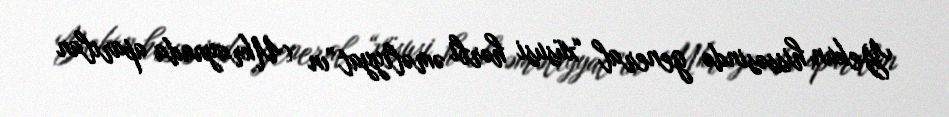
Yekun hissəsində general “xüsusi hərbi əməliyyat”ın (Ukraynada aparılan